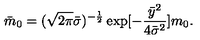
{ \bar { m } } _ { 0 } = ( \sqrt { 2 \pi } { \bar { \sigma } } ) ^ { - \frac { 1 } { 2 } } \exp [ - \frac { { \bar { y } } ^ { 2 } } { 4 { \bar { \sigma } } ^ { 2 } } ] m _ { 0 } .